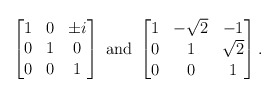
\begin{align*}\begin{bmatrix} 1 & 0 & \pm i\\ 0 & 1 & 0\\0 & 0 & 1\end{bmatrix}\mbox{ and }\begin{bmatrix}1 & -\sqrt{2} & -1\\ 0 & 1 & \sqrt{2}\\0 & 0 & 1\end{bmatrix}.\end{align*}